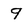
Character: 9